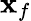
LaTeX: \mathbf{x}_{f}